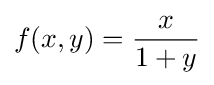
f(x,y)={x \over 1+y}